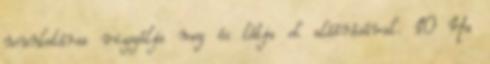
munkatársa vizsgálja meg és látja el aláírásával. 10 Ha